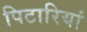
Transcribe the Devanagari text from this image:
पिटारियां